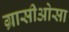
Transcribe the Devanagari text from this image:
ग्रासीओसा